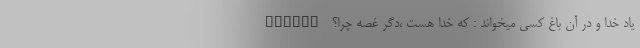
یاد خدا و در آن باغ کسى میخواند : که خدا هست ،دگر غصه چرا؟ ______